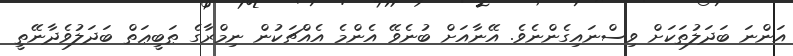
އަންނަ ބަދަލުތަކަށް ވިސްނައިގެންނެވެ. އޭނާއަށް ބުނެވޭ އެންމެ އެއްޗަކުން ނިމްރާގެ ޠަބީޢަތް ބަދަލުވެދާނޭތީ